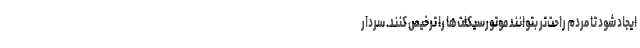
ایجاد شود تا مردم راحت‌تر بتوانند موتورسیکلت‌ها را ترخیص کنند. سردار